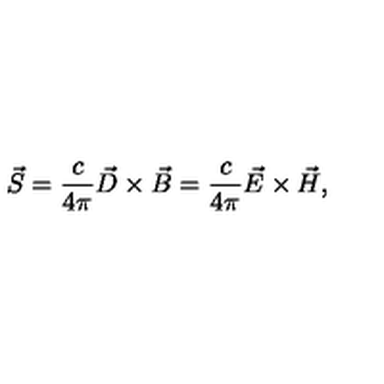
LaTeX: \vec { S } = \frac { c } { 4 \pi } \vec { D } \times \vec { B } = \frac { c } { 4 \pi } \vec { E } \times \vec { H } ,